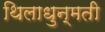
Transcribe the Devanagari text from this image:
थिलाधुन्मती